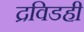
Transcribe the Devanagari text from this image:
द्रविडही